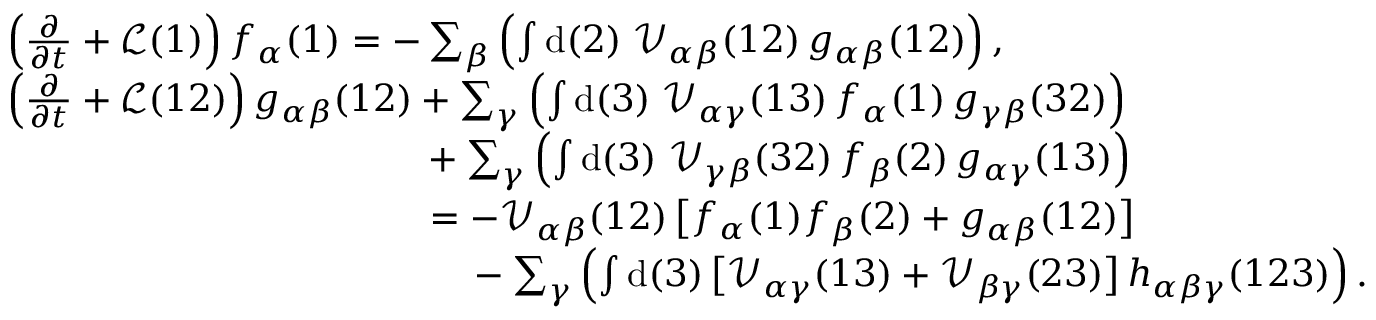
\begin{array} { r l } & { \left( \frac { \partial } { \partial t } + \mathcal { L } ( 1 ) \right) f _ { \alpha } ( 1 ) = - \sum _ { \beta } \left( \int \mathrm { d } ( 2 ) \; \mathcal { V } _ { \alpha \beta } ( 1 2 ) \, g _ { \alpha \beta } ( 1 2 ) \right) , } \\ & { \left( \frac { \partial } { \partial t } + \mathcal { L } ( 1 2 ) \right) g _ { \alpha \beta } ( 1 2 ) + \sum _ { \gamma } \left( \int \mathrm { d } ( 3 ) \; \mathcal { V } _ { \alpha \gamma } ( 1 3 ) \, f _ { \alpha } ( 1 ) \, g _ { \gamma \beta } ( 3 2 ) \right) } \\ & { \phantom { \left( \frac { \partial } { \partial t } + \mathcal { L } ( 1 2 ) \right) g _ { \alpha \beta } ( 1 2 ) \, } + \sum _ { \gamma } \left( \int \mathrm { d } ( 3 ) \; \mathcal { V } _ { \gamma \beta } ( 3 2 ) \, f _ { \beta } ( 2 ) \, g _ { \alpha \gamma } ( 1 3 ) \right) } \\ & { \phantom { \left( \frac { \partial } { \partial t } + \mathcal { L } ( 1 2 ) \right) g _ { \alpha \beta } ( 1 2 ) \, } = - \mathcal { V } _ { \alpha \beta } ( 1 2 ) \, \bigl [ f _ { \alpha } ( 1 ) f _ { \beta } ( 2 ) + g _ { \alpha \beta } ( 1 2 ) \bigr ] } \\ & { \phantom { \left( \frac { \partial } { \partial t } + \mathcal { L } ( 1 2 ) \right) g _ { \alpha \beta } ( 1 2 ) \, = \, } - \sum _ { \gamma } \left( \int \mathrm { d } ( 3 ) \, \bigl [ \mathcal { V } _ { \alpha \gamma } ( 1 3 ) + \mathcal { V } _ { \beta \gamma } ( 2 3 ) \bigr ] \, h _ { \alpha \beta \gamma } ( 1 2 3 ) \right) . } \end{array}